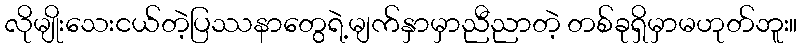
လိုမျိုးသေးငယ်တဲ့ပြဿနာတွေရဲ့မျက်နှာမှာညီညာတဲ့ တစ်ခုရှိမှာမဟုတ်ဘူး။